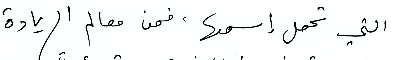
التي تحمل اسمها، فمن معالم الريادة